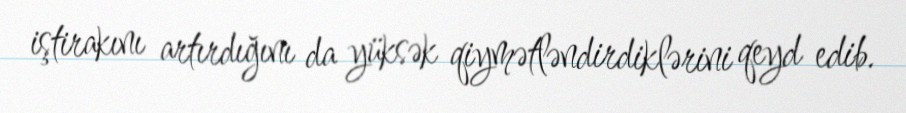
iştirakını artırdığını da yüksək qiymətləndirdiklərini qeyd edib.